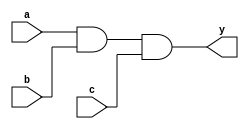
module and3(input      a, b, c,   output reg y);
  reg tmp;
  always @ (a, b, c)
    begin
      tmp = a & b; //change to a blocking statement
      y   <= tmp & c;
    end
endmodule